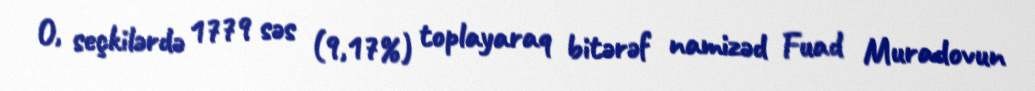
O, seçkilərdə 1779 səs (9,17%) toplayaraq bitərəf namizəd Fuad Muradovun